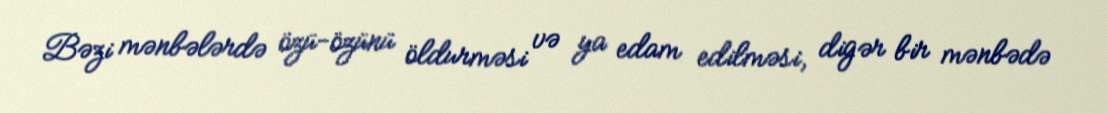
Bəzi mənbələrdə özü-özünü öldurməsi və ya edam edilməsi, digər bir mənbədə